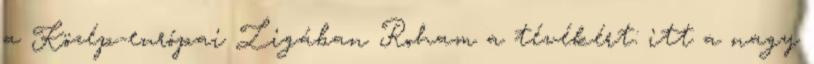
a Közép-európai Ligában Roham a tévékért: itt a nagy